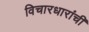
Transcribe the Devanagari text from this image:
विचारधारांची